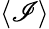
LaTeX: \langle\mathscr{I}\rangle